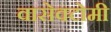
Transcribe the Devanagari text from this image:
वासेक्टोमी